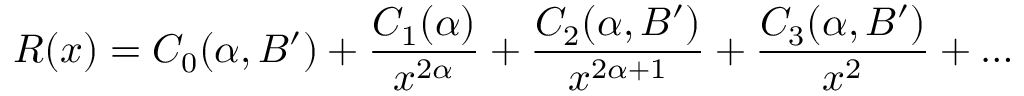
R ( x ) = C _ { 0 } ( \alpha , B ^ { \prime } ) + \frac { C _ { 1 } ( \alpha ) } { x ^ { 2 \alpha } } + \frac { C _ { 2 } ( \alpha , B ^ { \prime } ) } { x ^ { 2 \alpha + 1 } } + \frac { C _ { 3 } ( \alpha , B ^ { \prime } ) } { x ^ { 2 } } + \ldots